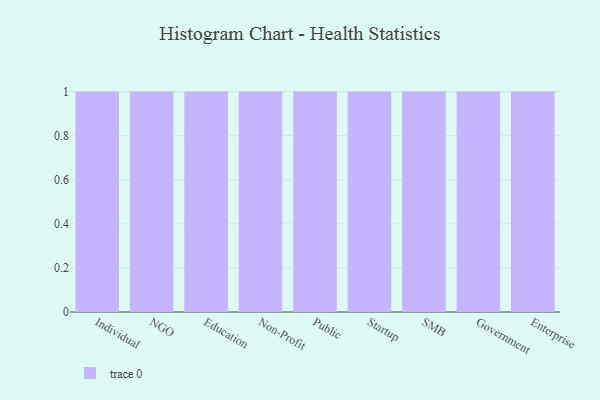
{"axis": {"x": "Segment", "y": "Market Share (%)"}, "legend": [""], "data": [{"x": "Individual", "y": 74, "type": ""}, {"x": "NGO", "y": 50, "type": ""}, {"x": "Education", "y": 18, "type": ""}, {"x": "Non-Profit", "y": 60, "type": ""}, {"x": "Public", "y": 52, "type": ""}, {"x": "Startup", "y": 9, "type": ""}, {"x": "SMB", "y": 61, "type": ""}, {"x": "Government", "y": 68, "type": ""}, {"x": "Enterprise", "y": 42, "type": ""}]}